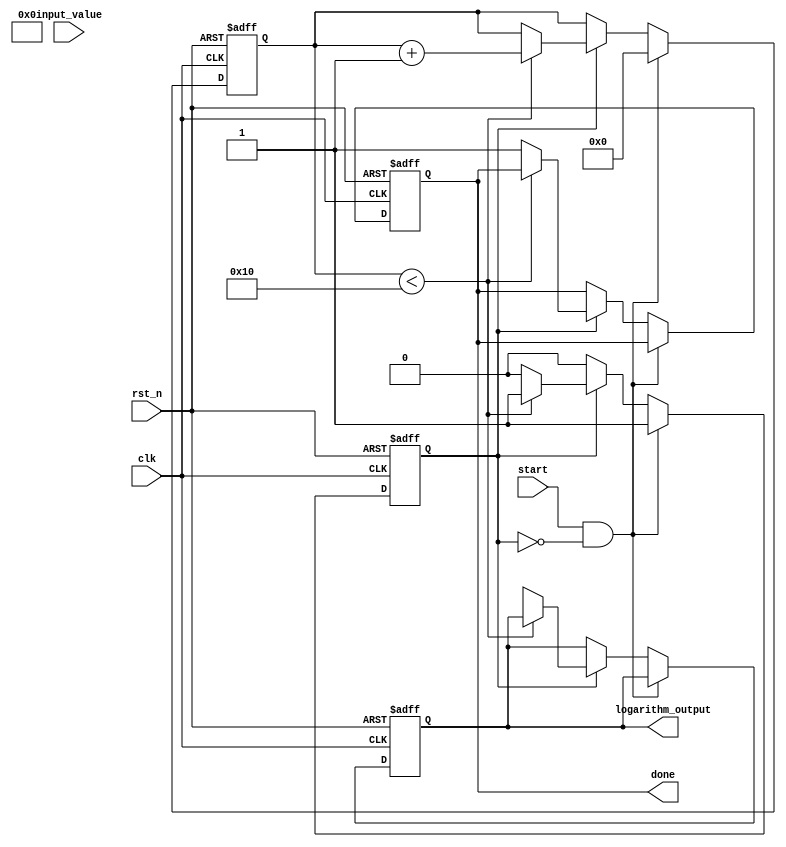
module cordic_logarithm (
    input wire clk,
    input wire rst_n,
    input wire start,
    input wire [31:0] input_value,  // Fixed-point input value
    output reg [31:0] logarithm_output, // Fixed-point logarithm output
    output reg done // Signal to indicate completion of computation
);

    // Parameters for the CORDIC algorithm
    parameter NUM_ITERATIONS = 16;
    parameter FIXED_POINT = 16; // Number of bits for fixed-point representation
    parameter CORDIC_GAIN = 32'h1A9F; // Pre-calculated fixed-point scaling factor for log
  
    // Internal signals
    reg [31:0] x [0:NUM_ITERATIONS-1]; // X values
    reg [31:0] y [0:NUM_ITERATIONS-1]; // Y values
    reg [31:0] z [0:NUM_ITERATIONS-1]; // Z values (angle)
    reg [4:0] iteration; // Iteration counter
    reg [31:0] arctan [0:NUM_ITERATIONS-1]; // Arctan values for iterations
    reg running; // Status of the FSM

    // Initializing arctan values for log computations
    initial begin
        // Fill in the arctan table for each iteration based on powers of two
        arctan[0] = 32'h0;              // arctan(1) = 0
        arctan[1] = 32'h1C71;           // arctan(1/2) [in fixed-point]
        arctan[2] = 32'h16C9;           // arctan(1/4) [in fixed-point]
        arctan[3] = 32'h0DB6;           // arctan(1/8) [in fixed-point]
        arctan[4] = 32'h08DB;           // arctan(1/16) [in fixed-point]
        // Continue filling in for all necessary iterations...
    end
    
    // State machine for CORDIC computation
    always @(posedge clk or negedge rst_n) begin
        if (!rst_n) begin
            // Reset state
            logarithm_output <= 32'b0;
            done <= 1'b0;
            running <= 1'b0;
            iteration <= 0;
            x[0] <= input_value; // Initialize with input value
            y[0] <= 0;           // Initial Y is zero
            z[0] <= 0;           // Initial Z is zero
        end else if (start && !running) begin
            // Start computation
            running <= 1'b1;
            iteration <= 0;
            x[0] <= input_value; // Load input
            y[0] <= 0;           // Initialize Y
            z[0] <= 0;           // Initialize Z
        end else if (running) begin
            // Perform CORDIC iterations
            if (iteration < NUM_ITERATIONS) begin
                if (z[iteration] < 0) begin
                    // Addition case
                    x[iteration + 1] <= x[iteration] + (y[iteration] >> iteration); // Shift Y
                    y[iteration + 1] <= y[iteration] - (x[iteration] >> iteration); // Shift X
                    z[iteration + 1] <= z[iteration] + arctan[iteration]; // Add arctan
                end else begin
                    // Subtraction case
                    x[iteration + 1] <= x[iteration] - (y[iteration] >> iteration); // Shift Y
                    y[iteration + 1] <= y[iteration] + (x[iteration] >> iteration); // Shift X
                    z[iteration + 1] <= z[iteration] - arctan[iteration]; // Subtract arctan
                end
                iteration <= iteration + 1;
            end else begin
                // Finalize output after all iterations
                logarithm_output <= (x[NUM_ITERATIONS] * CORDIC_GAIN) >> FIXED_POINT; // Scale the result
                done <= 1'b1; // Indicate computation done
                running <= 1'b0; // Reset running state
            end
        end
    end
endmodule